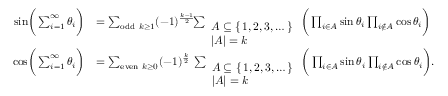
{ \begin{array} { r l } { { \sin } { \biggl ( } \sum _ { i = 1 } ^ { \infty } \theta _ { i } { \biggl ) } } & { = \sum _ { { \mathrm { o d d } } \ k \geq 1 } ( - 1 ) ^ { \frac { k - 1 } { 2 } } \! \! \sum _ { \begin{array} { l } { A \subseteq \{ \, 1 , 2 , 3 , \dots \, \} } \\ { \left| A \right| = k } \end{array} } { \biggl ( } \prod _ { i \in A } \sin \theta _ { i } \prod _ { i \not \in A } \cos \theta _ { i } { \biggr ) } } \\ { { \cos } { \biggl ( } \sum _ { i = 1 } ^ { \infty } \theta _ { i } { \biggr ) } } & { = \sum _ { { \mathrm { e v e n } } \ k \geq 0 } ( - 1 ) ^ { \frac { k } { 2 } } \, \sum _ { \begin{array} { l } { A \subseteq \{ \, 1 , 2 , 3 , \dots \, \} } \\ { \left| A \right| = k } \end{array} } { \biggl ( } \prod _ { i \in A } \sin \theta _ { i } \prod _ { i \not \in A } \cos \theta _ { i } { \biggr ) } . } \end{array} }